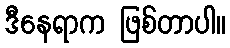
ဒီနေရာက ဖြစ်တာပါ။